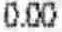
0.00